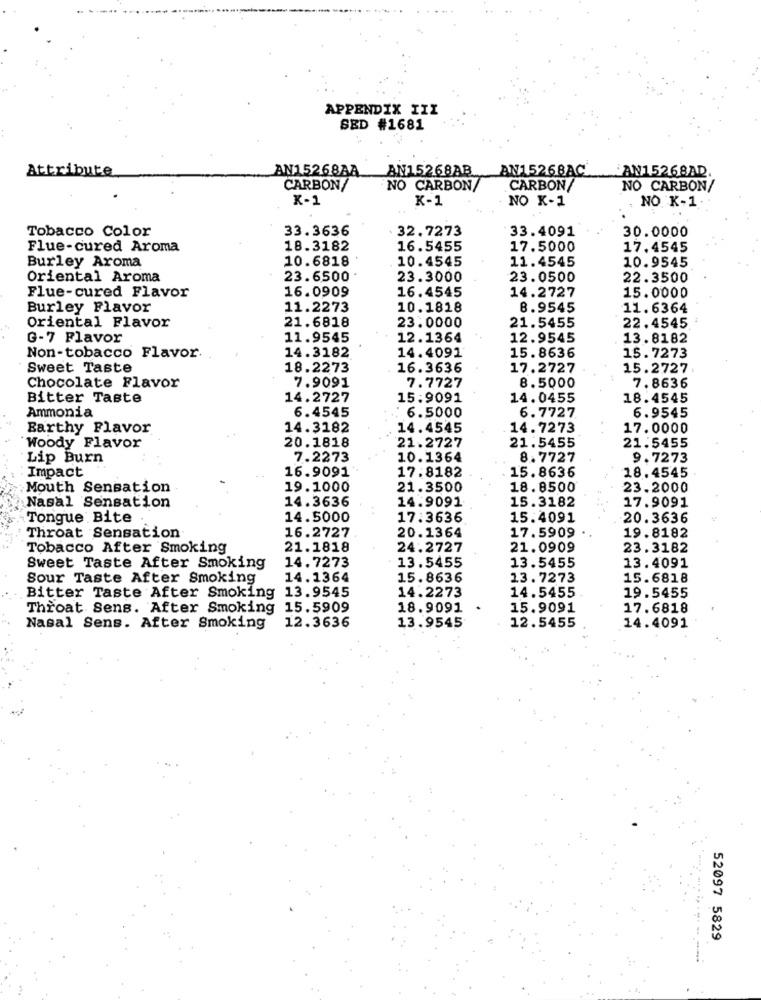
APPENDIX IIZ
SED #1681
Attribute
AN15268AA
AN15268AB
AN15268AC
AN15268AD.
CARBON/
NO CARBON/
CARBON/
NO CARBON/
K-1
K-1
NO K-1
NO. K-1
Tobacco Color
33.3636
32.7273
33.4091
30.0000
Flue-cured Aroma
18.3182
16.5455
17.5000
17.4545
Burley Aroma
10.6818
10.4545
10.9545
11.4545
Oriental Aroma
23.6500*
23.3000
23.0500
22.3500
16.0909
16.4545
Flue-cured Flavor
14.2727
15.0000
Burley Flavor
11.2273
10.1818
8.9545
11.6364
21.6818
21.5455
22.4545
Oriental Flavor
23.0000
G-7 Flavor
11.9545
12.1364
12.9545
13.8182
14.3182
14.4091
Non-tobacco Flavor.
15.8636
15.7273
Sweet Taste
18.2273
16.3636
17.2727
15.2727
8.5000
Chocolate Flavor
7.9091
7.7727
7.8636
Bitter Taste
14.2727
15.9091
14.0455
18.4545
Ammonia
6.4545
.: 6.5000
6.9545
6.7727
Earthy Flavor
14.3182
14.4545
14.7273
17.0000
20.1818
21.5455
21.5455
Woody Flavor
21.2727
Lip Burn
7.2273
10.1364
8.7727
9.7273
Impact
16.9091
18.4545
17.8182
15.8636
Mouth Sensation
19.1000
21.3500
18.8500
23.2000
14.3636
14.9091
15.3182
17.9091
Nasal Sensation
Tongue Bite
14.5000
17:3636
15.4091
20.3636
Throat Sensation
16.2727
20.1364
17.5909
19.8182
Tobacco After Smoking
21.1818
24.2727
21.0909
23.3182
14.7273
Sweet Taste After Smoking
13.5455
13.5455
13.4091
Sour Taste After Smoking
14.1364
15.8636
13.7273
15.6818
Bitter Taste After Smoking
13.9545
14.5455
14.2273
19.5455
Throat Sens. After Smoking
15.5909
18.9091
15.9091
17.6818
12.3636
12.5455
Nasal Sens. After Smoking
13.9545
14.4091
52097 5829